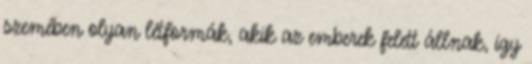
szemében olyan létformák, akik az emberek felett állnak, így